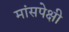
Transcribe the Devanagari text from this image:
मांसपेक्षी